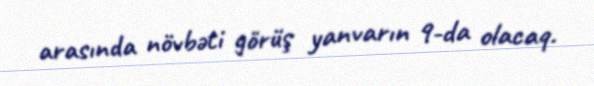
arasında növbəti görüş yanvarın 9-da olacaq.